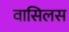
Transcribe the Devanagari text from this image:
वासिलस